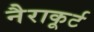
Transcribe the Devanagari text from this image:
नैराकूर्ट